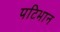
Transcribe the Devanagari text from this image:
पटिभान